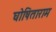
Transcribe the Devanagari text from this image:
घोषिताराम